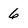
Character: 6